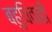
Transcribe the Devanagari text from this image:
बहुविवाही